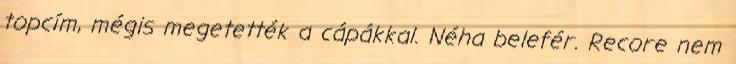
topcím, mégis megetették a cápákkal. Néha belefér. Recore nem